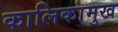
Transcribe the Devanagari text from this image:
कालिकामुख